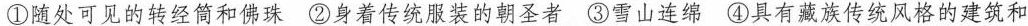
①随处可见的转经筒和佛珠②身着传统服装的朝圣者③雪山连绵④具有藏族传统风格的建筑和